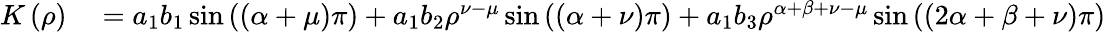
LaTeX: \begin{array}{rl}{K\left(\rho\right)}&{{}=a_{1}b_{1}\sin\left(\left(\alpha+\mu\right)\pi\right)+a_{1}b_{2}\rho^{\nu-\mu}\sin\left(\left(\alpha+\nu\right)\pi\right)+a_{1}b_{3}\rho^{\alpha+\beta+\nu-\mu}\sin\left(\left(2\alpha+\beta+\nu\right)\pi\right)}\end{array}